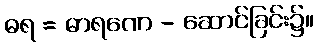
ဓရ = ဓာရဏေ - ဆောင်ခြင်း၌။